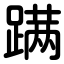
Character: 蹒